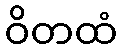
ဝိတထံ